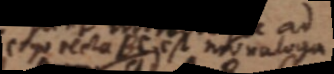
ergo recta BC est monologa